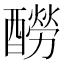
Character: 𨣃